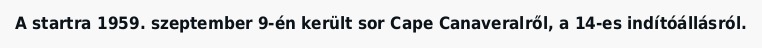
A startra 1959. szeptember 9-én került sor Cape Canaveralről, a 14-es indítóállásról.